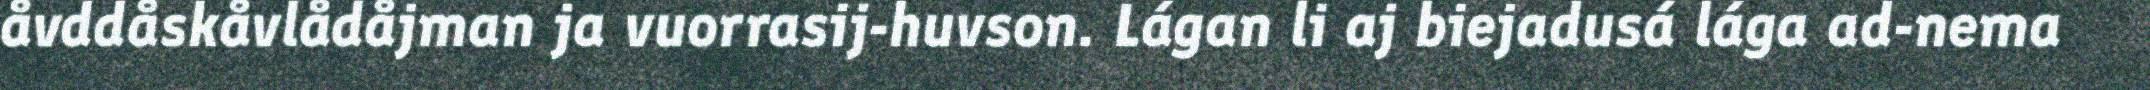
åvddåskåvlådåjman ja vuorrasij-huvson. Lágan li aj biejadusá lága ad-nema